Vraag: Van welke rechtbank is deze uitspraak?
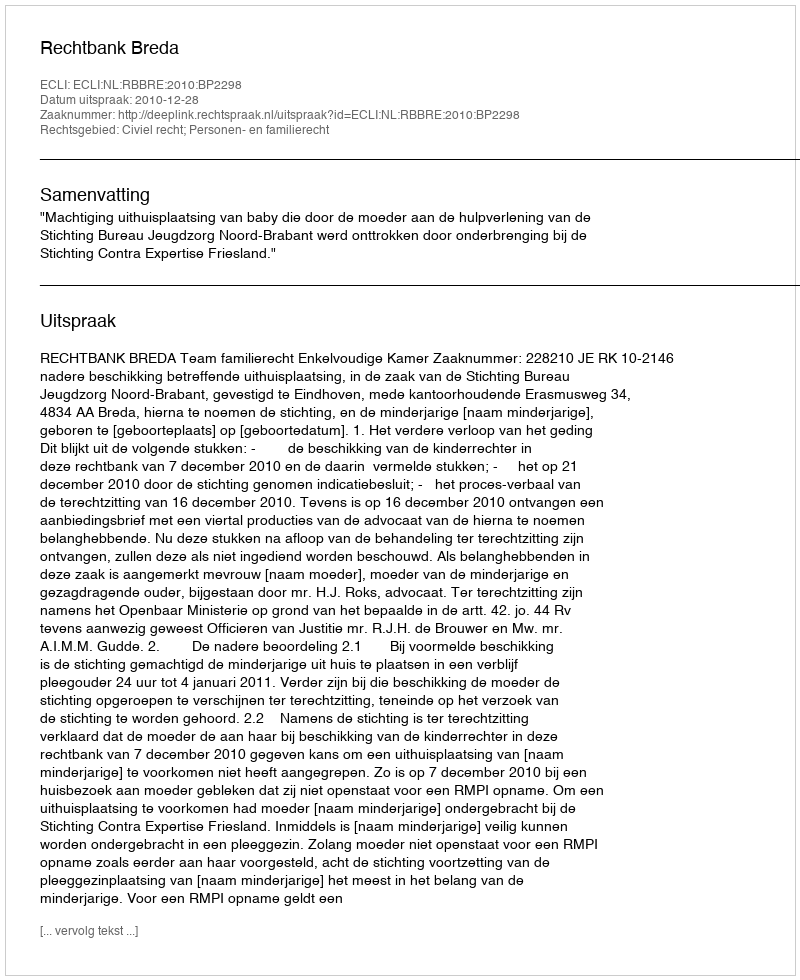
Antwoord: Rechtbank Breda